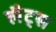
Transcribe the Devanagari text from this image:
लैट्स